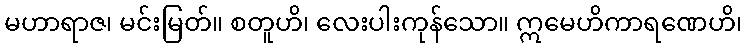
မဟာရာဇ၊ မင်းမြတ်။ စတူဟိ၊ လေးပါးကုန်သော။ ဣမေဟိကာရဏေဟိ၊